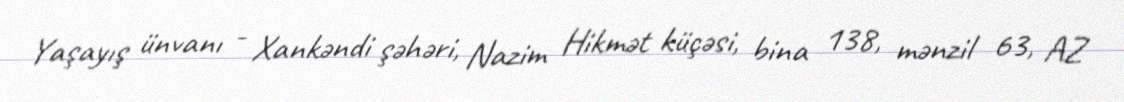
Yaşayış ünvanı - Xankəndi şəhəri, Nazim Hikmət küçəsi, bina 138, mənzil 63, AZ